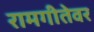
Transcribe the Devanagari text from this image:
रामगीतेवर